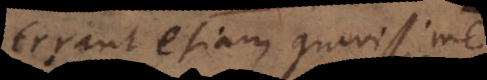
Errant etiam gravissime